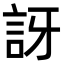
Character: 訝